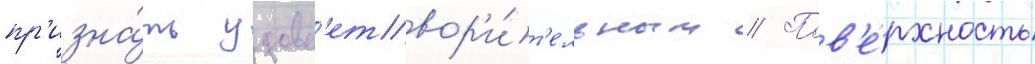
пр'изна́ть удовл'етвор'и́т'ельным // Пов'е́рхность